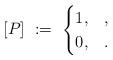
LaTeX: \begin{align*} [ P ] \ :=\ \begin{cases} 1,& , \\ 0, &. \end{cases}\end{align*}